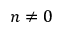
n \neq 0